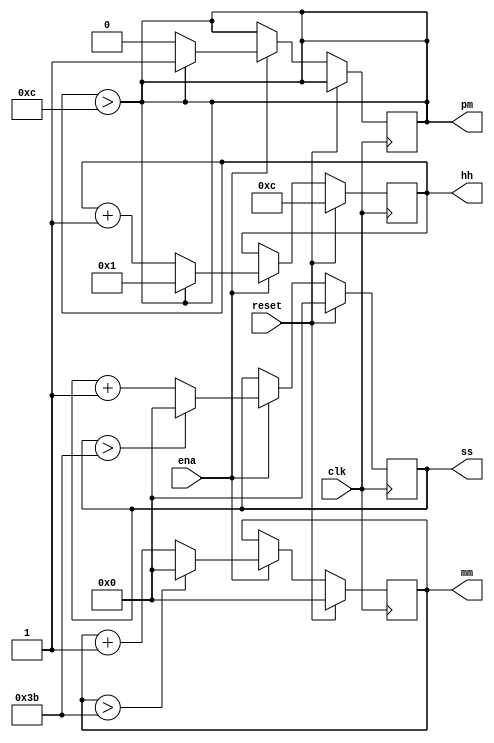
module top_module(
    input clk,
    input reset,
    input ena,
    output pm,
    output [7:0] hh,
    output [7:0] mm,
    output [7:0] ss); 

    // Counters for hours, minutes, and seconds
    always @(posedge clk) begin
        if (reset) begin
            hh <= 12;
            mm <= 0;
            ss <= 0;
        end else if (ena) begin
            hh <= hh + 1;
            if (hh > 12) begin
                hh <= 1;
                pm <= 1;
            end
            mm <= mm + 1;
            if (mm > 59) begin
                mm <= 0;
            end
            ss <= ss + 1;
            if (ss > 59) begin
                ss <= 0;
            end
        end
    end

    // Output signals
    assign pm = (hh > 12);
    assign hh = hh[7:0];
    assign mm = mm[7:0];
    assign ss = ss[7:0];

endmodule